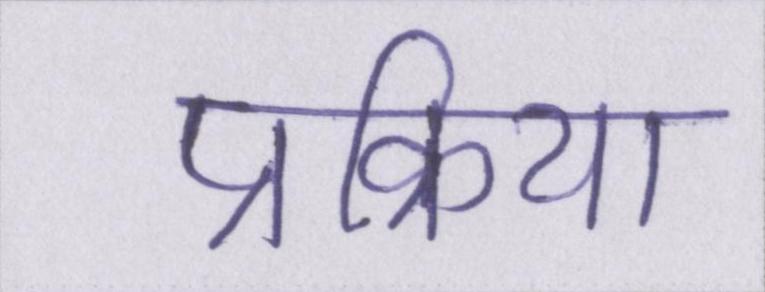
प्रक्रिया